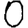
Digit: 0